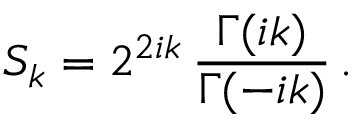
S _ { k } = 2 ^ { 2 i k } \, \frac { \Gamma ( i k ) } { \Gamma ( - i k ) } \, .